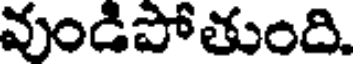
వుండిపోతుంది.